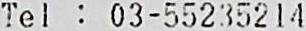
TEL : 03-55235214